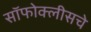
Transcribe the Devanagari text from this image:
सॉफोक्लीसचे